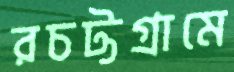
রচট্টগ্রামে